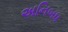
અનિબધ